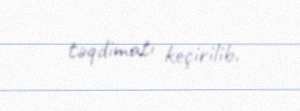
təqdimatı keçirilib.